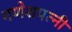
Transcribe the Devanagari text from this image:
गणेशपत्नी